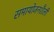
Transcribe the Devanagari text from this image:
समायोजनशैली